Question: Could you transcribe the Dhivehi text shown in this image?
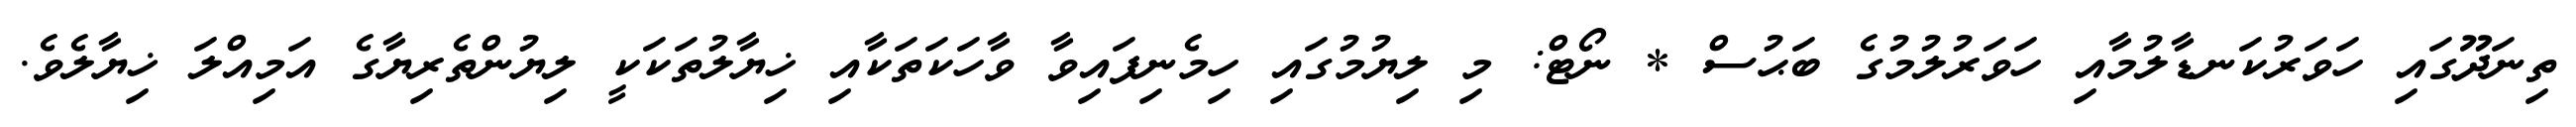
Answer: ތިނަދޫގައި ހަވަރުކަނޑާލުމާއި ހަވަރުލުމުގެ ބަޙުސް * ނޯޓް: މި ލިޔުމުގައި ހިމެނިފައިވާ ވާހަކަތަކާއި ޚިޔާލުތަކަކީ ލިޔުންތެރިޔާގެ އަމިއްލަ ޚިޔާލެވެ.